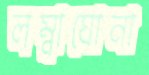
লম্বাঘোনা